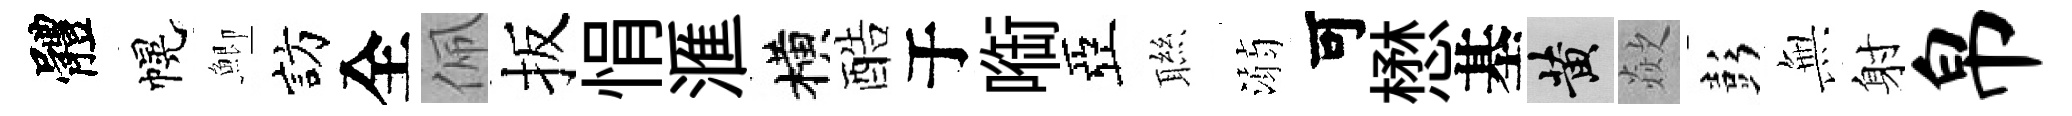
體幌鯽訪全佩扳悁滙横酷于㗸亞聮溺可懋基黄歘彭𭴾射帛